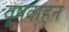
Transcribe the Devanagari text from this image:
वृषवाहन